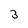
Character: 3